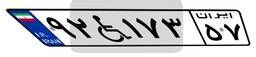
۳۷W۰۴۳۶۱